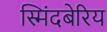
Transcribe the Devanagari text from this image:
स्मिंदबेरिय